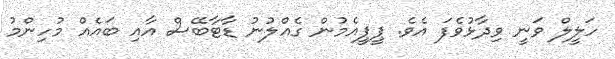
ހަލީލް ވަނީ ވިދާޅުވެފަ އެވެ. ޕީޕީއެމުން ގެއްލުނު ޑާޓާބޭސް އާއި ބައެއް މުހިންމު